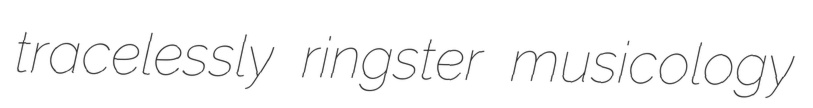
tracelessly ringster musicology